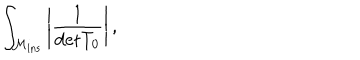
\int _ { { \cal M } _ { \mathrm { i n s } } } \left\vert \frac { 1 } { \mathrm { d e t } T _ { 0 } } \right\vert ,